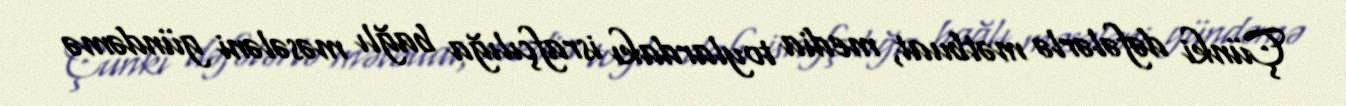
Çünki dəfələrlə mətbuat, media toylardakı israfçılığa bağlı məsələni gündəmə